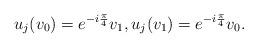
LaTeX: \begin{align*}u_j(v_0)=e^{-i \frac{\pi}{4}} v_1, u_j(v_1)=e^{-i\frac{\pi}{4}} v_0.\end{align*}